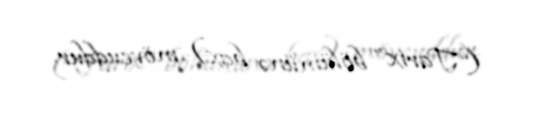
(“Tarix” bölümünə bax) mövcuddur.